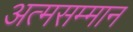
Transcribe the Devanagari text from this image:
अत्मसम्मान